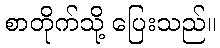
စာတိုက်သို့ ပြေးသည်။